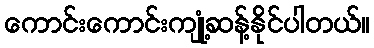
ကောင်းကောင်းကျုံ့ဆန့်နိုင်ပါတယ်။